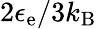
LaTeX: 2\epsilon_{\mathrm{e}}/3k_{\mathrm{B}}